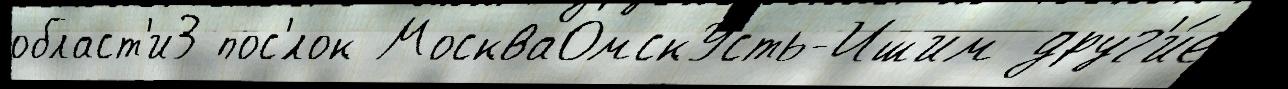
област'и3 пос'́лок МоскваОмскУсть-Ишим друг'и́е